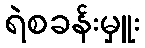
ရဲစခန်းမှူး